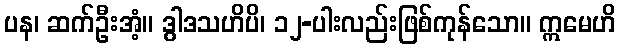
ပန၊ ဆက်ဦးအံ့။ ဒွါဒသဟိပိ၊ ၁၂-ပါးလည်းဖြစ်ကုန်သော။ ဣမေဟိ